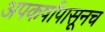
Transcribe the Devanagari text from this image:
अपकर्षापासूनच